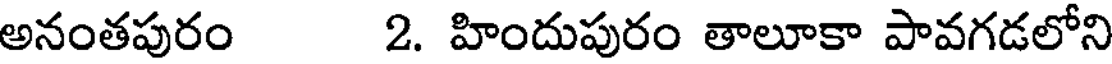
అనంతపురం 2. హిందుపురం తాలూకా పావగడలోని